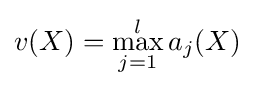
v(X)=\max _{j=1}^{l}a_{j}(X)